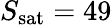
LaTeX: S_{\mathrm{sat}}=49